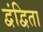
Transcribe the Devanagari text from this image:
द्वंद्विता